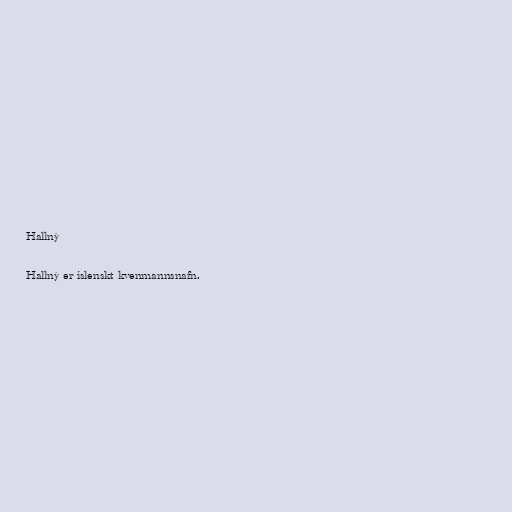
Hallný

Hallný er íslenskt kvenmannsnafn.